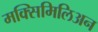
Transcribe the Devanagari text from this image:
मक्सिमिलिअन